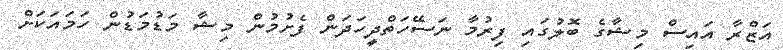
އަޒްރާ އައިސް މިޝާގެ ބޮލުގައި ފިރުމާ ނަސޭހަތްދީހަދަން ފެށުމުން މިޝާ މަޑުމަޑުން ހަމައަކަށް